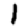
Digit: 1